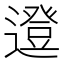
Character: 邆